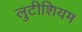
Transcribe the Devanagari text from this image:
लुटीशियम